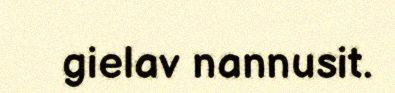
gielav nannusit.